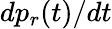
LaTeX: dp_{r}(t)/dt